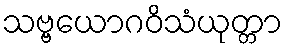
သဗ္ဗယောဂဝိသံယုတ္တာ